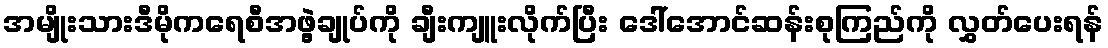
အမျိုးသားဒီမိုကရေစီအဖွဲ့ချုပ်ကို ချီးကျူးလိုက်ပြီး ဒေါ်အောင်ဆန်းစုကြည်ကို လွှတ်ပေးရန်